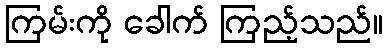
ကြမ်းကို ခေါက် ကြည့်သည်။